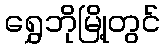
ရွှေဘိုမြို့တွင်